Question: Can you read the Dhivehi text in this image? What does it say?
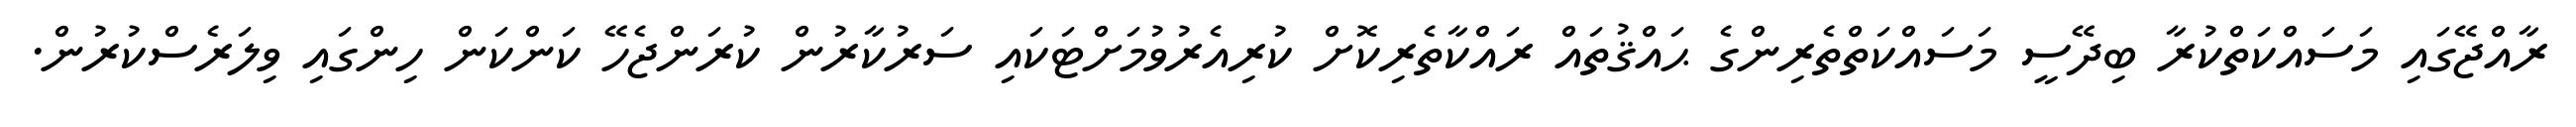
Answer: ރާއްޖޭގައި މަސައްކަތްކުރާ ބިދޭސީ މަސައްކަތްތެރިންގެ ޙައްޤުތައް ރައްކާތެރިކޮށް ކުރިއެރުވުމަށްޓަކައި ސަރުކާރުން ކުރަންޖެހޭ ކަންކަން ހިންގައި ވިލަރެސްކުރުން.